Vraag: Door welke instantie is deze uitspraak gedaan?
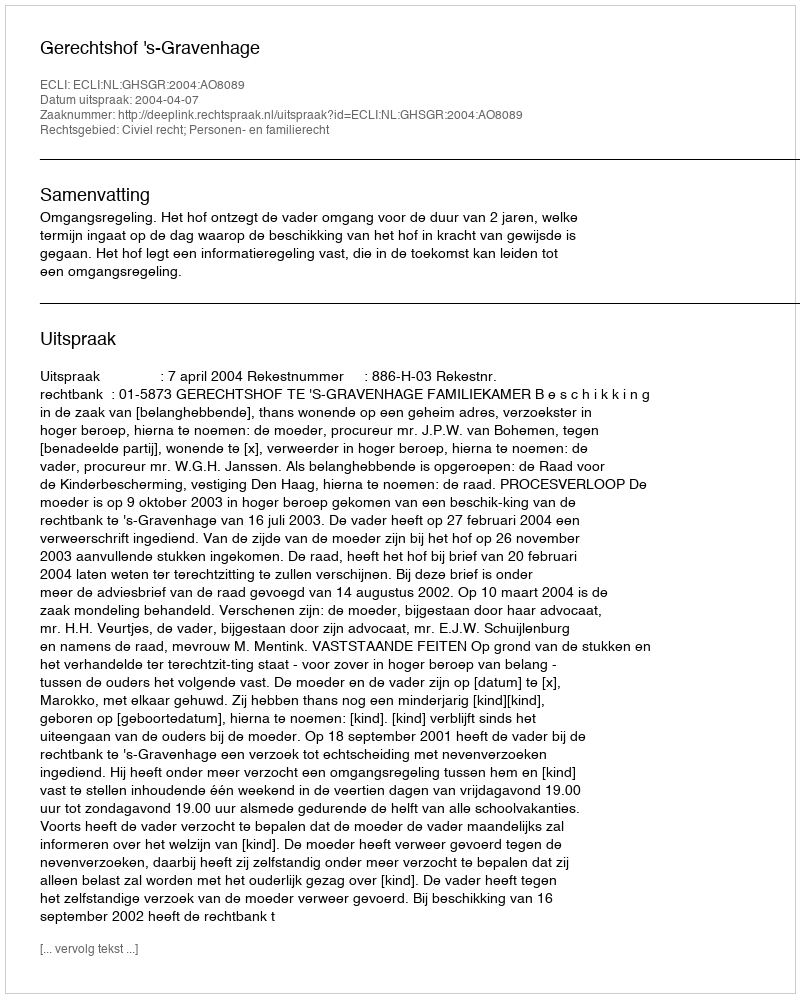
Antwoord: Gerechtshof 's-Gravenhage